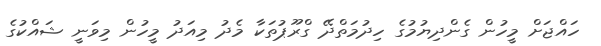
ހައްޖަށް މީހުން ގެންދިޔުމުގެ ހިދުމަތްދޭ ގްރޫޕުތަކާ މެދު މިއަދު މީހުން މިވަނީ ޝައްކުގެ